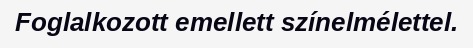
Foglalkozott emellett színelmélettel.